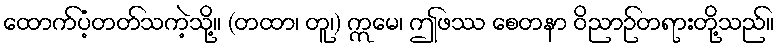
ထောက်ပံ့တတ်သကဲ့သို့။ (တထာ၊ တူ၊) ဣမေ၊ ဤဖဿ စေတနာ ဝိညာဉ်တရားတို့သည်။